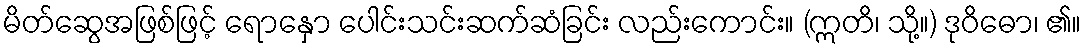
မိတ်ဆွေအဖြစ်ဖြင့် ရောနှော ပေါင်းသင်းဆက်ဆံခြင်း လည်းကောင်း။ (ဣတိ၊ သို့။) ဒုဝိဓော၊ ၏။